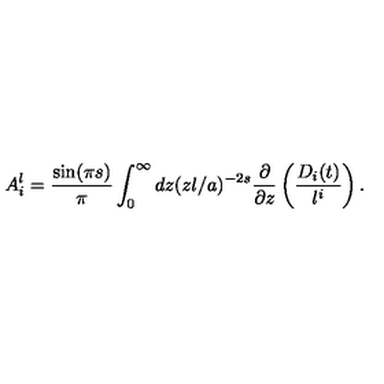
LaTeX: A _ { i } ^ { l } = { \frac { \sin ( \pi s ) } { \pi } } \int _ { 0 } ^ { \infty } d z ( z l / a ) ^ { - 2 s } { \frac { \partial } { \partial z } } \left( { \frac { D _ { i } ( t ) } { l ^ { i } } } \right) .